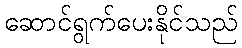
ဆောင်ရွက်ပေးနိုင်သည်